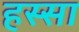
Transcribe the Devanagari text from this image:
हस्सा